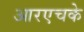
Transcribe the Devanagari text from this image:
आरएचके